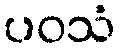
ပဝသံ